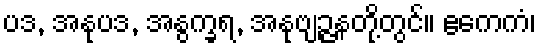
ပဒ, အနုပဒ, အနွက္ခရ, အနုဗျဉ္ဇနတို့တွင်။ ဧကေကံ၊